65_HS1-834228961_62-HQ-83894_Section_4
Agency: FBI
Page 177
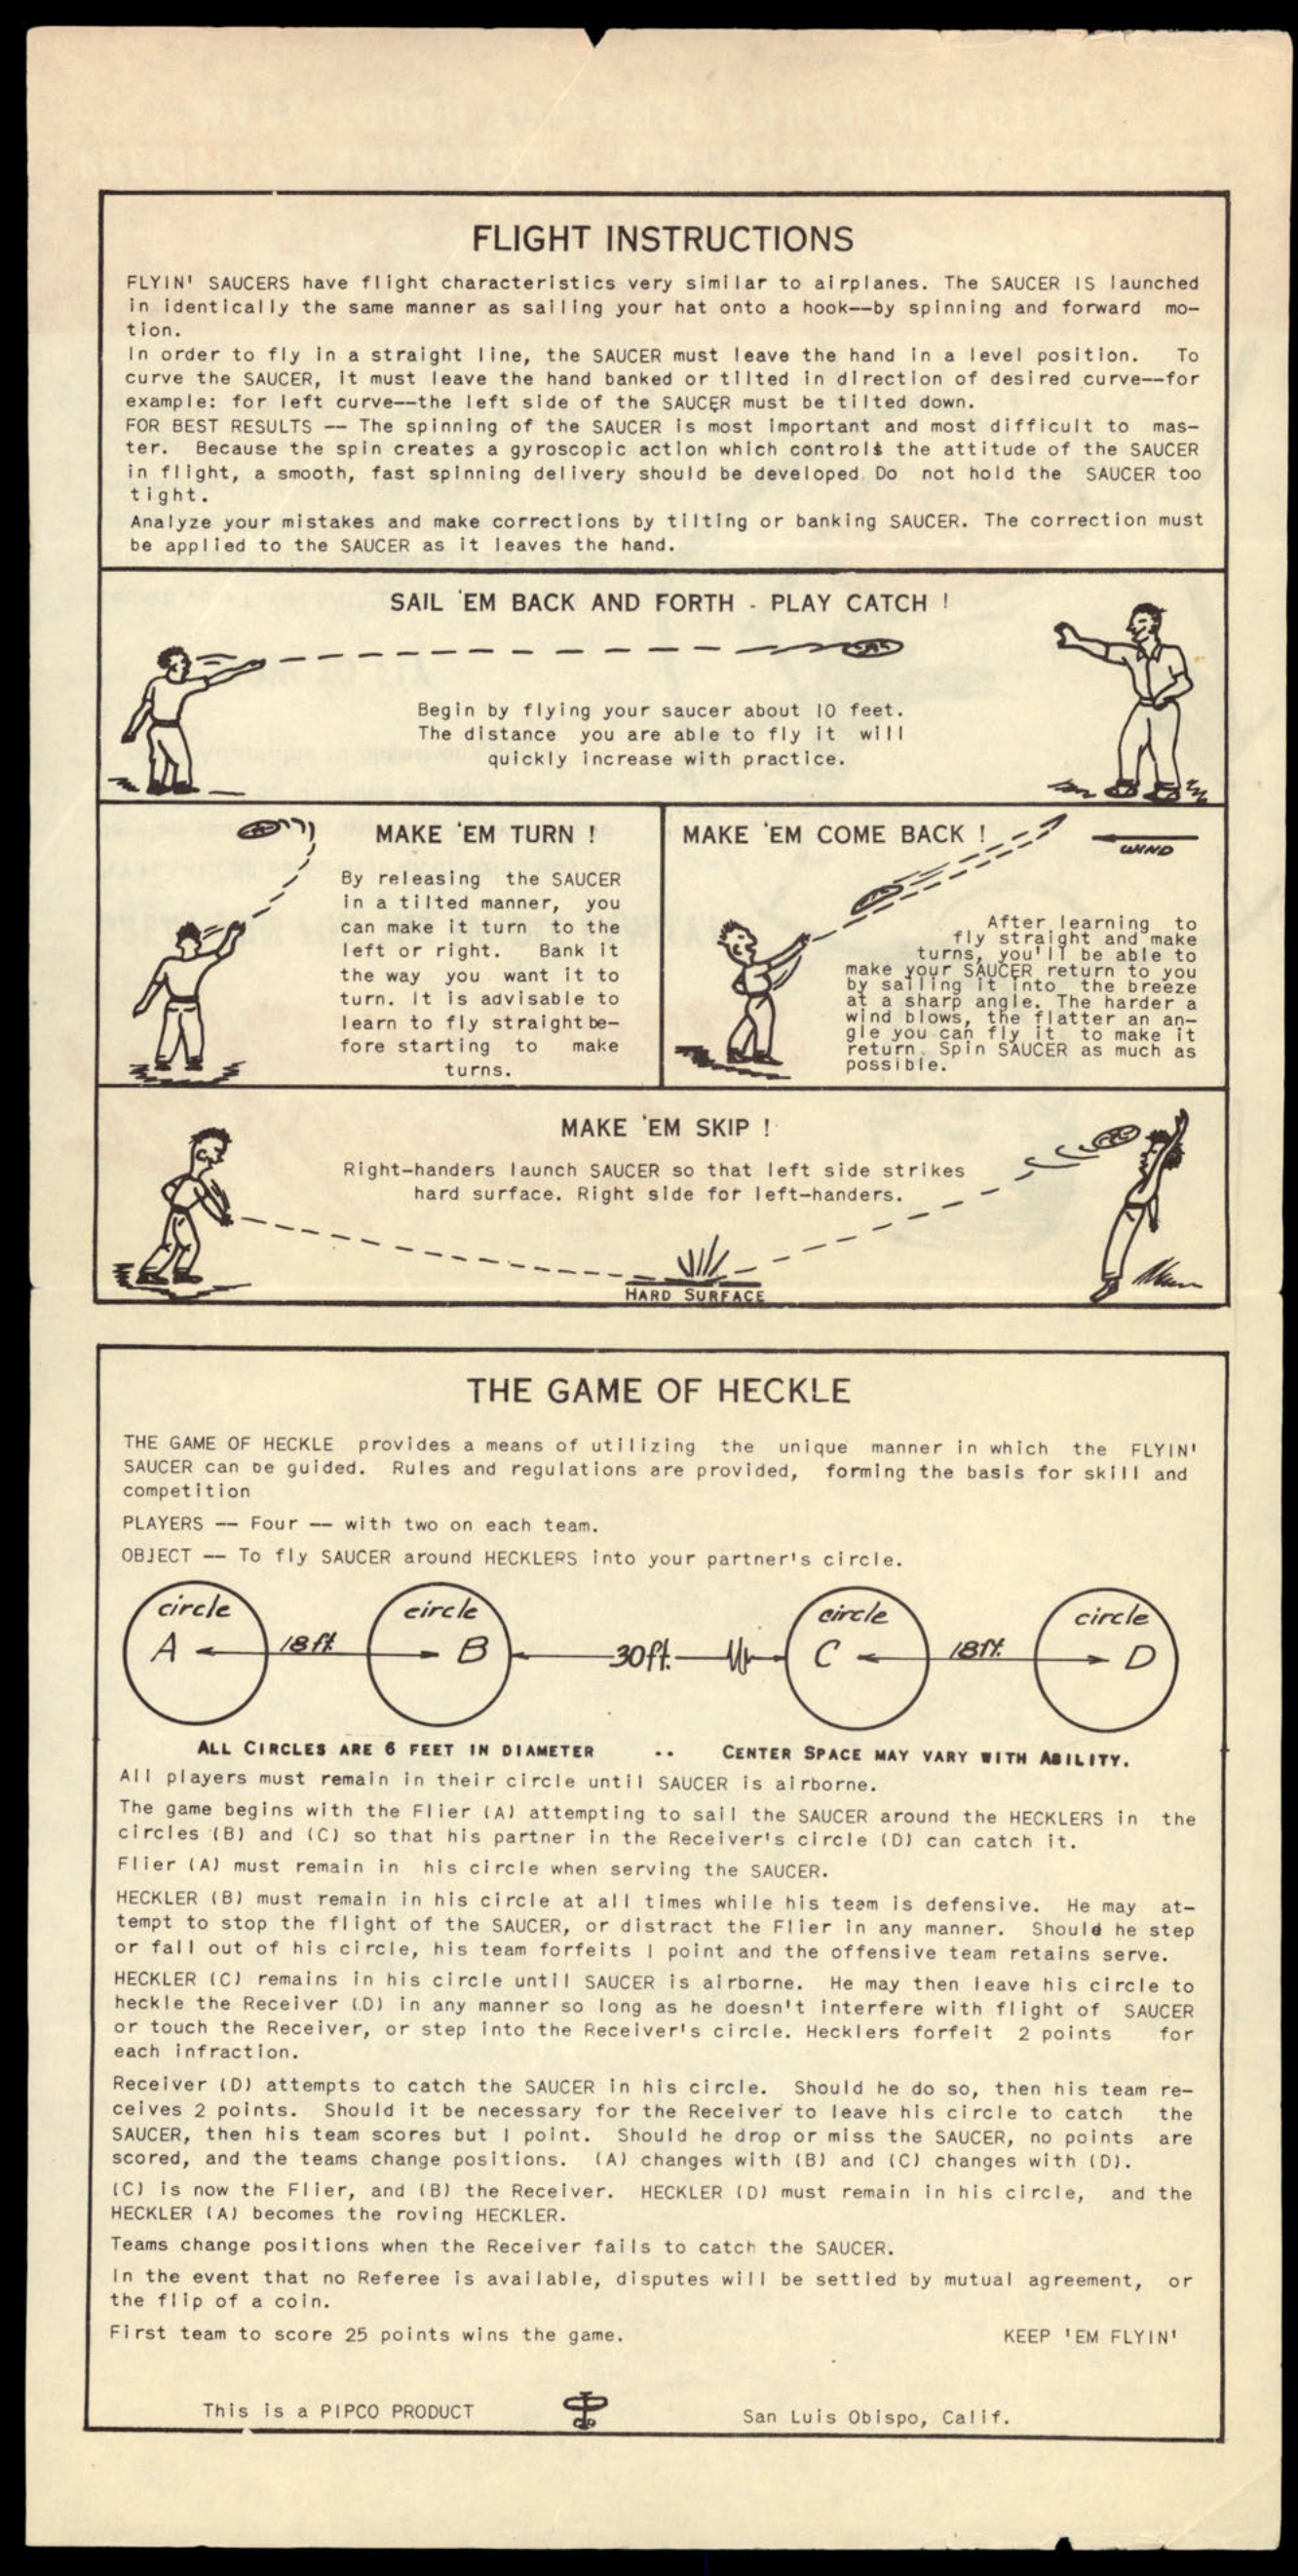